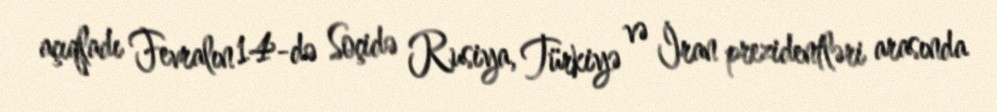
açıqladı Fevralın 14-də Soçidə Rusiya, Türkiyə və İran prezidentləri arasında